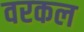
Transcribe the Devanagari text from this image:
वरकल